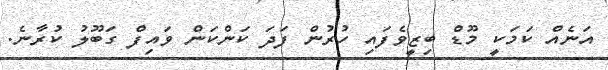
އަނެއް ކަމަކީ މޫޑް ބިޒީވެފައި ހުރުން ފަދަ ކަންކަން ވައިފް ގަބޫލު ކުރާނެ.